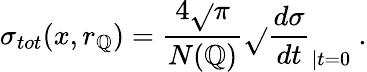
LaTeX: \sigma_{tot}(x,r_{\mathbb{Q}})=\frac{{4\sqrt{}{{\pi}}}}{{N(\mathbb{Q})}}\sqrt{}{{\frac{{d\sigma}}{{dt}}}}_{|t=0}\ .